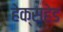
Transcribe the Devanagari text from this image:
हेक्सहेड